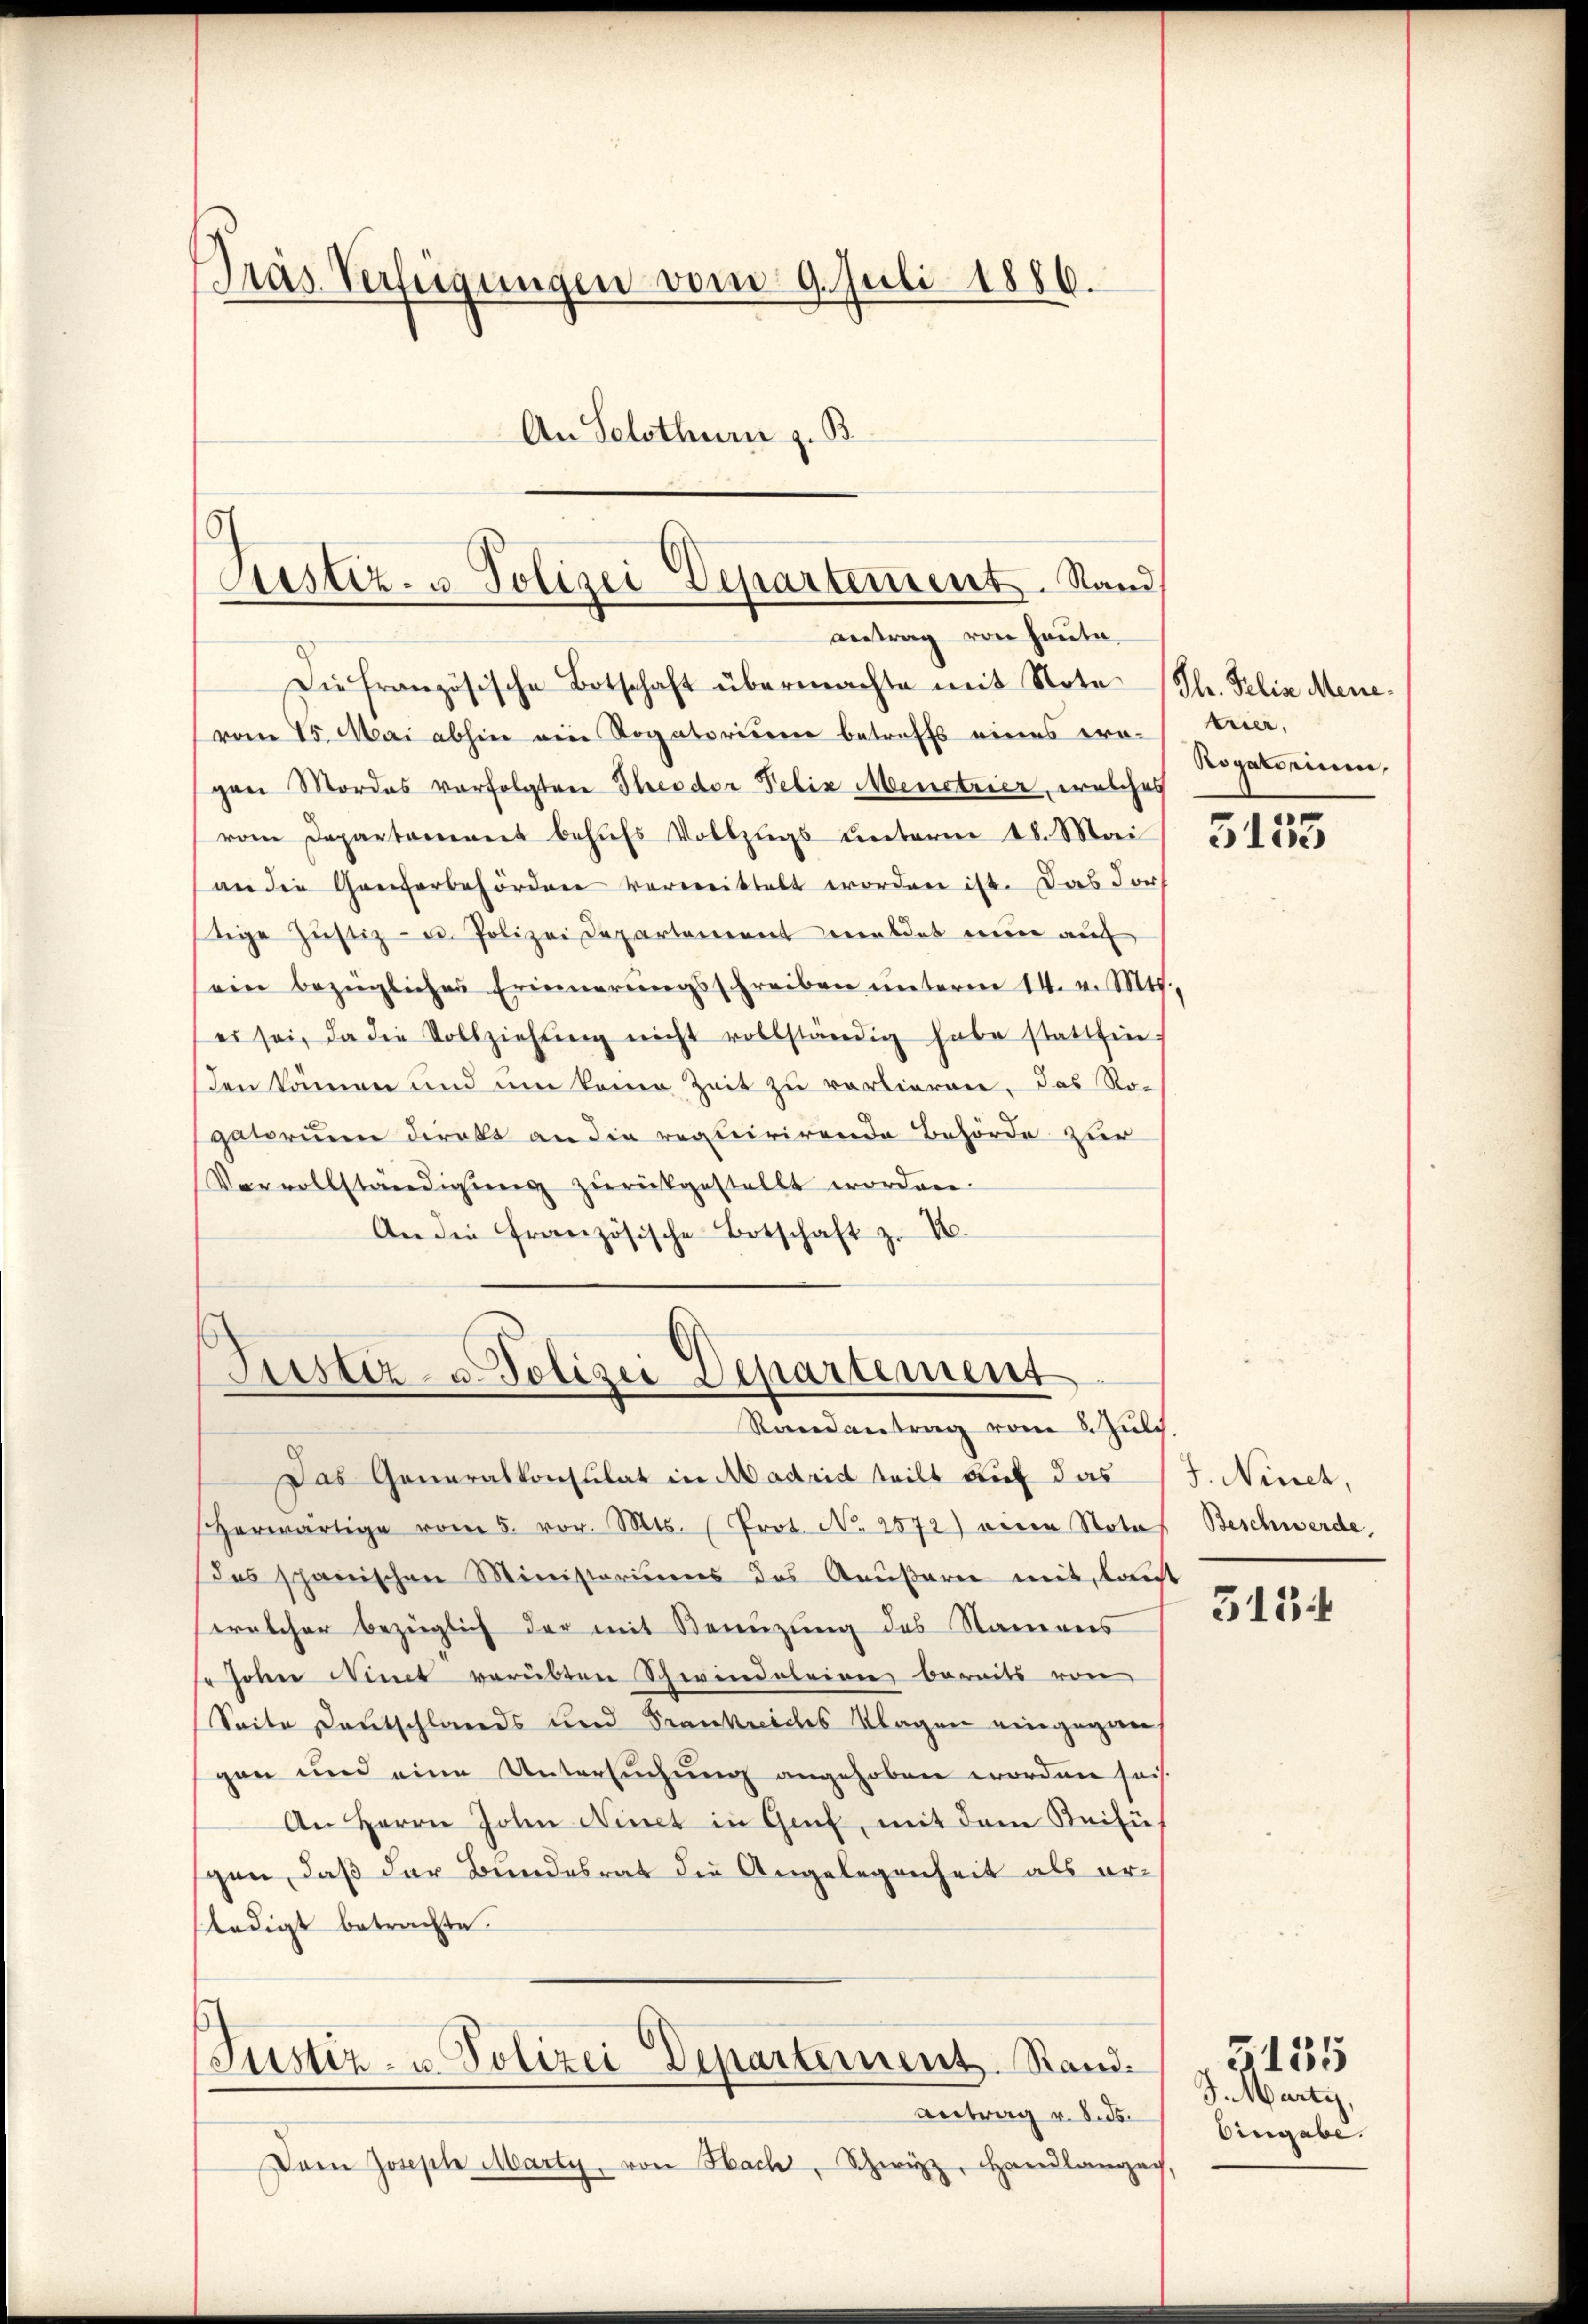
Präs. Verfügungen vom 9. Juli 1886.
An Solothur z. B.

Die französische Botschaft übermachte mit Note (Th. Felix Menevom 15. Mai abhin ein Rogatorisern betreffs eines progen Mordes vorfolgten Theodor Felix Menetrier, welches
vom Departement behŭfs Vollzŭgs unterm 18. Mai
an die Ganterbehörden verweittelt worden ist. Das Dorf
stige Justiz- u. Polizei Departement meldet nun au
ein bezüglichen Erinnerŭngsschreiben unterm 14. v. Mts.
es sei, da die Vollziehŭng nicht vollständig habe stattfinden können und um keine Zeit zu vorlieren, das Ro-
gatorien direkt an die requirirende Behörde zur
Vervollständigŭng zŭrückgestellt worden.
An die französische Botschaft z. B.

¬
Justiz- u. Polizei Departement. Rand
antrag von Haute

Justiz- u. Polizei Departement
Randantrag vom 5. Juli.

Justiz- u. Polizei Departement. Stand¬
Antrag v. Sids

Das Generalkonsulat in Aadrid teilt auf das J. Ninet,
herwärtige vom 5. vor. Mts. (Prot. N. 2572) eine Note Beschwerde,
das schanischen Ministeriums des Aeußere mit, laut
welcher bezüglich der mit Benuzung des Namens
" Johne Niet verübten Schwindeleien bereits von
Seite Deutschlands und Frankreiches Klagen eingegenen
gen und eine Untersuchung angehoben worden sei.
An Herrn John Ninet in Genf, mit dem Beifüh
spen, daß der Bundesrat die Angelegenheit als erfledigt betrachte.

Dem Joseph Marty, von Hach, Schwyz, Handlangach

trier,
Rogatorium,

3155

513

J. Marti
Eingabe.

3155